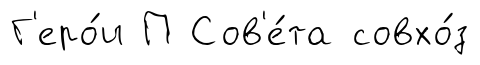
Г'еро́и П Сов'е́та совхо́з